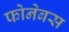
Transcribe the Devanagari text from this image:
फोनेबस